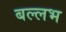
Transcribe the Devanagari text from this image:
बल्‍लभ